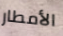
الأمطار